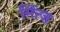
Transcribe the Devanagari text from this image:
मिंत्ज़